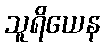
သူရိယေန